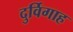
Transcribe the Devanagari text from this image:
दुर्विगाह